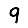
Digit: 9